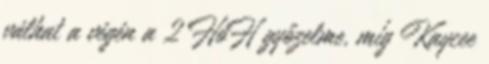
válhat a végén a 2 HoH győzelme, míg Kaycee